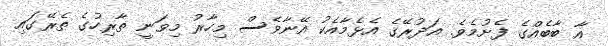
އާ ބާބެއްގެ ފެށުމެވެ. އަދުރޭގެެ އެޅެމާއެކު އޭނާވެސް މިހާރު މިވަނީ ތާރިހުގެ ތެރޭގައި